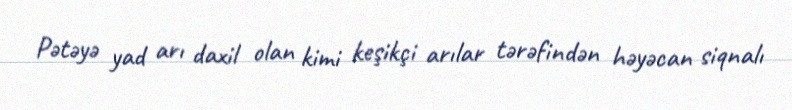
Pətəyə yad arı daxil olan kimi keşikçi arılar tərəfindən həyəcan siqnalı